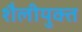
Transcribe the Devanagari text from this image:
शैलीयुक्त